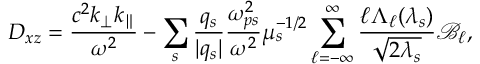
D _ { x z } = \frac { c ^ { 2 } k _ { \perp } k _ { \parallel } } { \omega ^ { 2 } } - \sum _ { s } \frac { q _ { s } } { | q _ { s } | } \frac { \omega _ { p s } ^ { 2 } } { \omega ^ { 2 } } \mu _ { s } ^ { - 1 / 2 } \sum _ { \ell = - \infty } ^ { \infty } \frac { \ell \Lambda _ { \ell } ( \lambda _ { s } ) } { \sqrt { 2 \lambda _ { s } } } \mathcal { B } _ { \ell } ,